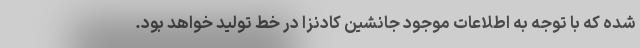
شده که با توجه به اطلاعات موجود جانشین کادنزا در خط تولید خواهد بود.